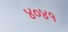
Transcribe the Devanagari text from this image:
४०४१